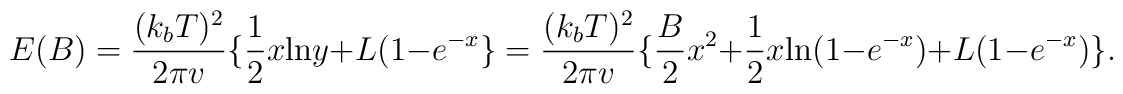
E(B)={(k_bT)^2\over 2\pi v}\{{1\over 2}x{\rm ln}y+L(1-e^{-x}\}={(k_bT)^2\over 2\pi v}\{{B\over 2}x^2+{1\over 2}x{\rm ln}(1-e^{-x})+L(1-e^{-x})\}.